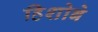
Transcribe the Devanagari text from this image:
हिशोबे